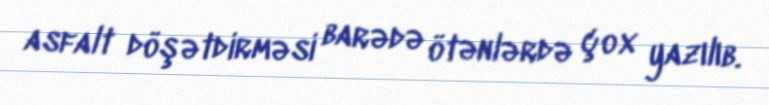
asfalt döşətdirməsi barədə ötənlərdə çox yazılıb.